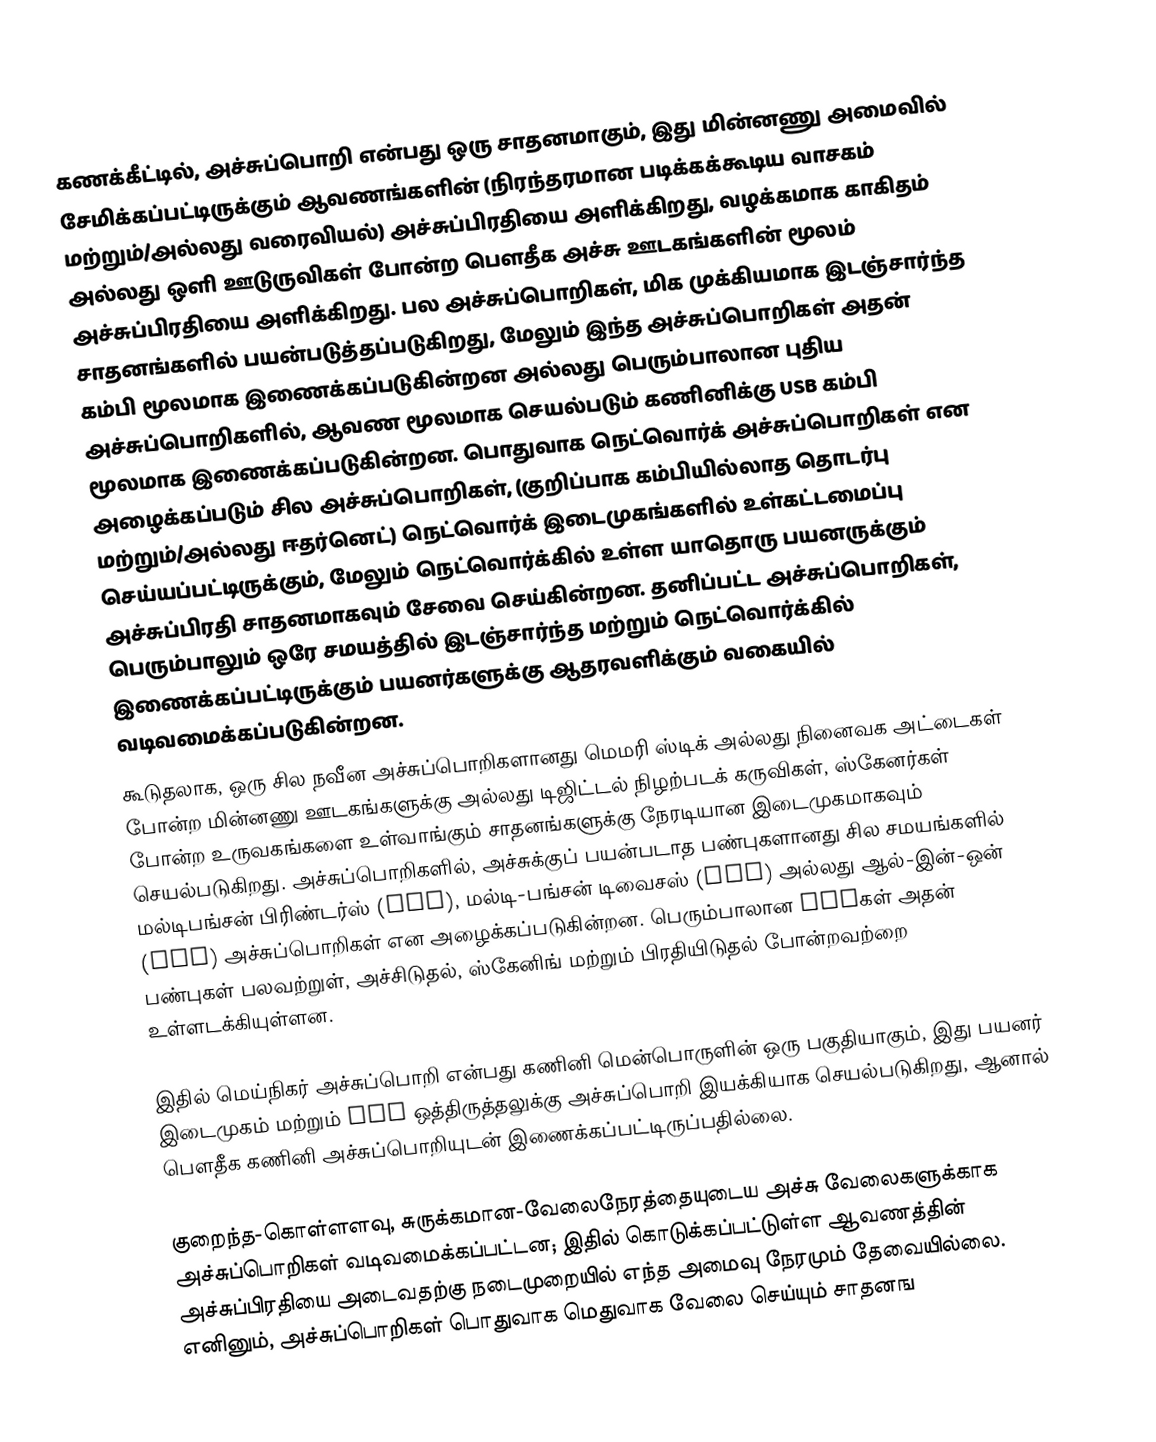
கணக்கீட்டில், அச்சுப்பொறி என்பது ஒரு சாதனமாகும், இது மின்னணு அமைவில் சேமிக்கப்பட்டிருக்கும் ஆவணங்களின் (நிரந்தரமான படிக்கக்கூடிய வாசகம் மற்றும்/அல்லது வரைவியல்) அச்சுப்பிரதியை அளிக்கிறது, வழக்கமாக காகிதம் அல்லது ஒளி ஊடுருவிகள் போன்ற பெளதீக அச்சு ஊடகங்களின் மூலம் அச்சுப்பிரதியை அளிக்கிறது. பல அச்சுப்பொறிகள், மிக முக்கியமாக இடஞ்சார்ந்த சாதனங்களில் பயன்படுத்தப்படுகிறது, மேலும் இந்த அச்சுப்பொறிகள் அதன் கம்பி மூலமாக இணைக்கப்படுகின்றன அல்லது பெரும்பாலான புதிய அச்சுப்பொறிகளில், ஆவண மூலமாக செயல்படும் கணினிக்கு USB கம்பி மூலமாக இணைக்கப்படுகின்றன. பொதுவாக நெட்வொர்க் அச்சுப்பொறிகள் என அழைக்கப்படும் சில அச்சுப்பொறிகள், (குறிப்பாக கம்பியில்லாத தொடர்பு மற்றும்/அல்லது ஈதர்னெட்) நெட்வொர்க் இடைமுகங்களில் உள்கட்டமைப்பு செய்யப்பட்டிருக்கும், மேலும் நெட்வொர்க்கில் உள்ள யாதொரு பயனருக்கும் அச்சுப்பிரதி சாதனமாகவும் சேவை செய்கின்றன. தனிப்பட்ட அச்சுப்பொறிகள், பெரும்பாலும் ஒரே சமயத்தில் இடஞ்சார்ந்த மற்றும் நெட்வொர்க்கில் இணைக்கப்பட்டிருக்கும் பயனர்களுக்கு ஆதரவளிக்கும் வகையில் வடிவமைக்கப்படுகின்றன.
கூடுதலாக, ஒரு சில நவீன அச்சுப்பொறிகளானது மெமரி ஸ்டிக் அல்லது நினைவக அட்டைகள் போன்ற மின்னணு ஊடகங்களுக்கு அல்லது டிஜிட்டல் நிழற்படக் கருவிகள், ஸ்கேனர்கள் போன்ற உருவகங்களை உள்வாங்கும் சாதனங்களுக்கு நேரடியான இடைமுகமாகவும் செயல்படுகிறது. அச்சுப்பொறிகளில், அச்சுக்குப் பயன்படாத பண்புகளானது சில சமயங்களில் மல்டிபங்சன் பிரிண்டர்ஸ் (MFP), மல்டி-பங்சன் டிவைசஸ் (MFD) அல்லது ஆல்-இன்-ஒன் (AIO) அச்சுப்பொறிகள் என அழைக்கப்படுகின்றன. பெரும்பாலான MFPகள் அதன் பண்புகள் பலவற்றுள், அச்சிடுதல், ஸ்கேனிங் மற்றும் பிரதியிடுதல் போன்றவற்றை உள்ளடக்கியுள்ளன.

இதில் மெய்நிகர் அச்சுப்பொறி என்பது கணினி மென்பொருளின் ஒரு பகுதியாகும், இது பயனர் இடைமுகம் மற்றும் API ஒத்திருத்தலுக்கு அச்சுப்பொறி இயக்கியாக செயல்படுகிறது, ஆனால் பெளதீக கணினி அச்சுப்பொறியுடன் இணைக்கப்பட்டிருப்பதில்லை.

குறைந்த-கொள்ளளவு, சுருக்கமான-வேலைநேரத்தையுடைய அச்சு வேலைகளுக்காக அச்சுப்பொறிகள் வடிவமைக்கப்பட்டன; இதில் கொடுக்கப்பட்டுள்ள ஆவணத்தின் அச்சுப்பிரதியை அடைவதற்கு நடைமுறையில் எந்த அமைவு நேரமும் தேவையில்லை. எனினும், அச்சுப்பொறிகள் பொதுவாக மெதுவாக வேலை செய்யும் சாதனங